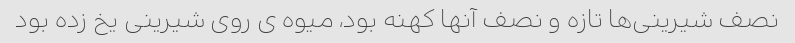
نصف شیرینی‌ها تازه و نصف آنها کهنه بود، میوه ی روی شیرینی یخ زده بود